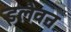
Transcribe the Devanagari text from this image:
इलैवन